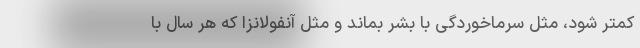
کمتر شود، مثل سرماخوردگی با بشر بماند و مثل آنفولانزا که هر سال با